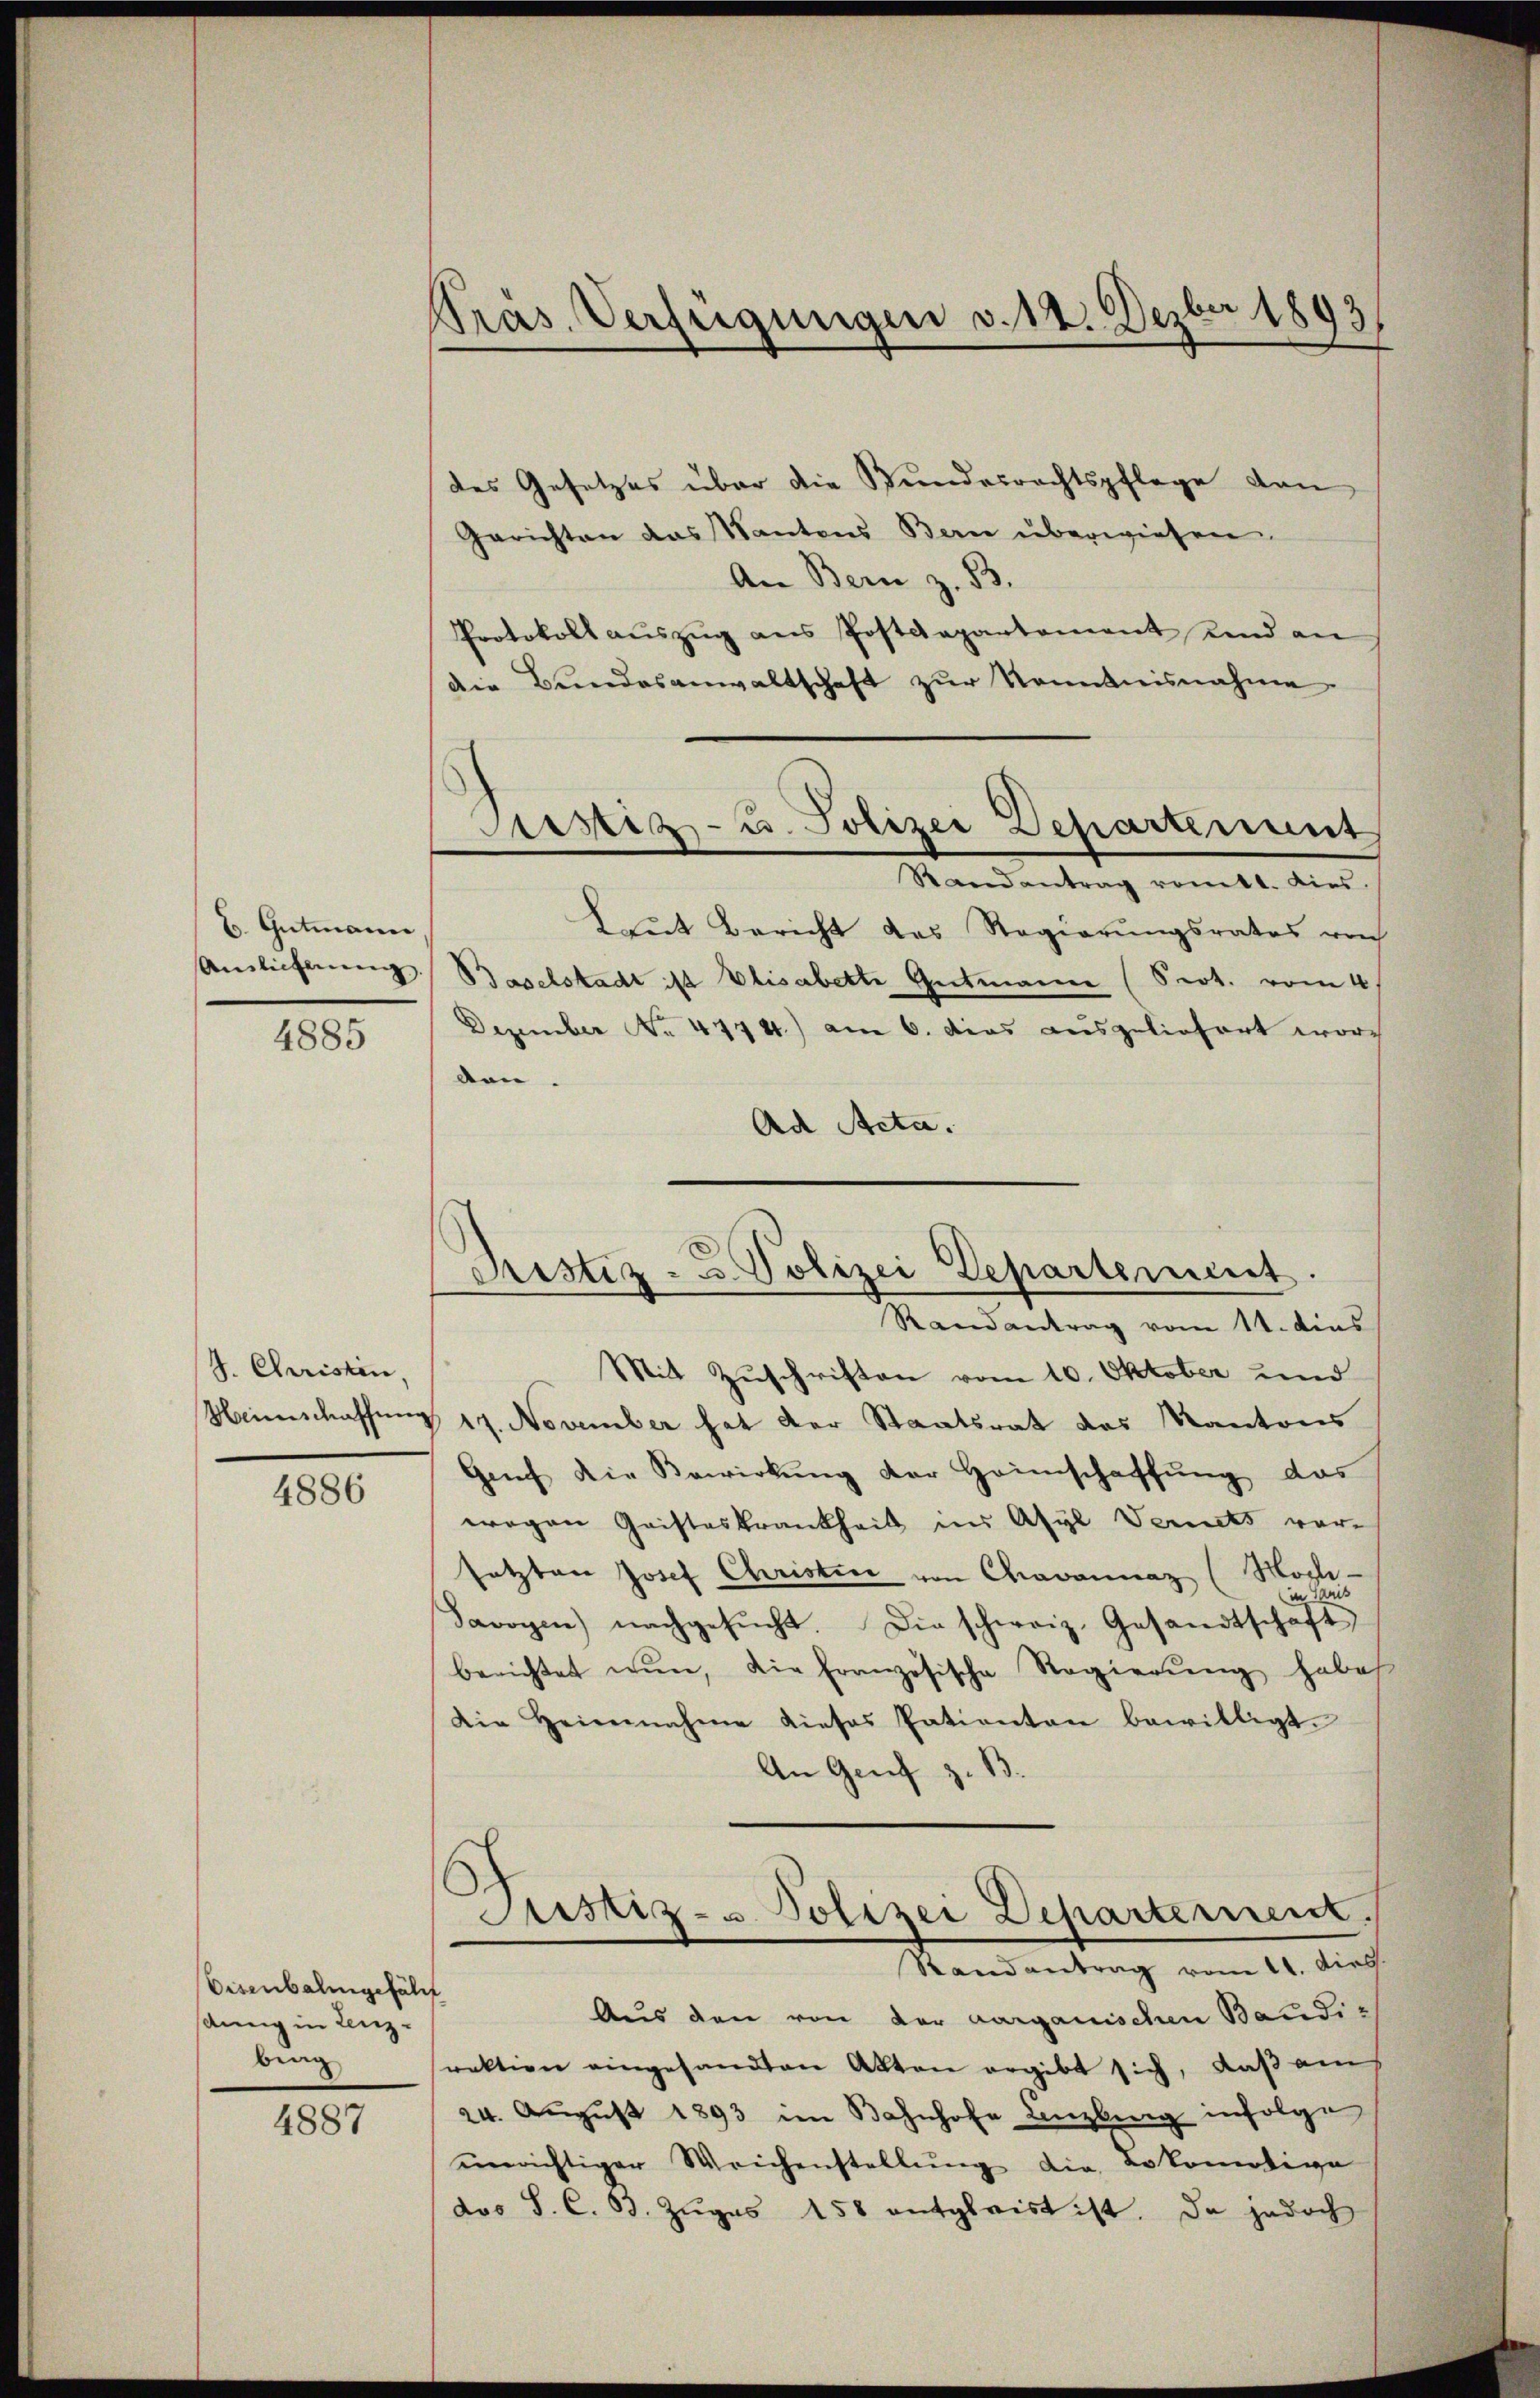
C. Gutmann
Anslicherung

4885

4. Christen,

4886

Eisenbahngefährt
sänng in Lenzbung

4887

Präs. Verfügungen v. 12. Dezbr 1893

des Gesetzes über die Bundesrechtspflege dan
Gerichten das Kantons Bern überwiesen.
An Bern z. B.
Protokoll aŭszŭg ans Postdepartement und an
Die Bundesanwaltschaft zŭr Kenntnisnahme.
Randantrag romtt. Dies
Laut Bericht das Regierungsrates von
Baselstadt ist Elisabette Gutmann (Prot. vom 4.
Dezember Nr. 4174) am 6. dies ausgeliefert wor
ten.
Ad Acta.
Mit Zuschriften vom 10. Oktober und
Weinschaffung 17. November hat der Staatsrat des Kantons
Genf die Bewirkŭng der Heimschaffŭng das
wegen Gristeskrankheit ins Asyl Vernets vor-
setzten Josef Christine von Chravannaz (Moch-
Savoyen nachgesŭcht. Die schweiz. Gesandtschaft
berichtet nŭn, die französische Regierŭng habe
Die Heimnahme dieses Patienten bewilligt.
An Genf z. B
Justiz- u. Polizei Departement.
Randantrag vom 11. dies
Aus den von der aargauischen Baudi-
rektion eingesandten Akten ergibt sich, daß am
24. Aŭgŭst 1893 im Bahnhofe Lenzburg infolge
einrichtiger Weichenstellŭng die Lokomotive
dos S. C. 33. Zŭgas 158 entgleist ist. Da jedoch

Sistiz- u. Polizei Departement

Cristiz- u. Polizei Departement
Randantrag vom 11. dies